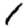
Digit: 1